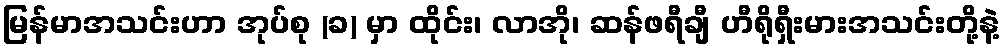
မြန်မာအသင်းဟာ အုပ်စု (ခ) မှာ ထိုင်း၊ လာအို၊ ဆန်ဖရီချီ ဟီရိုရှီးမားအသင်းတို့နဲ့